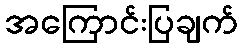
အကြောင်းပြချက်